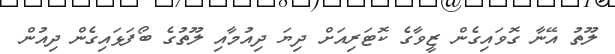
ލޫތު އޭނާ ގޮވައިގެން ޒީވާގެ ކޮޓަރިއަށް ދިޔަ ދިއުމާއި ލޫތުގެ ބޯފަޅައިގެން ދިއުން